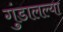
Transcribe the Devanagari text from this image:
गुंडालल्या